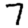
Digit: 7